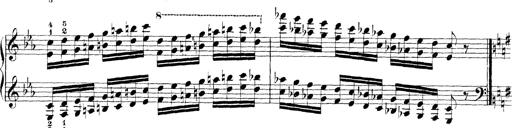
Title: Technische Studien
Composer: Franz Liszt